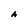
Character: A